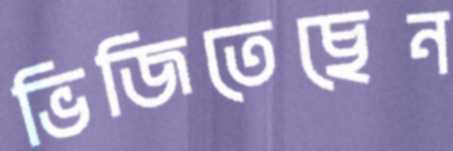
ভিজিতেছেন